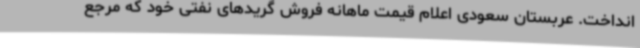
انداخت. عربستان سعودی اعلام قیمت ماهانه فروش گریدهای نفتی خود که مرجع